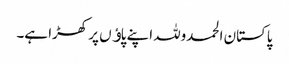
پاکستان الحمدوللہ اپنے پاﺅں پر کھڑا ہے۔